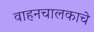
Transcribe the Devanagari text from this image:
वाहनचालकाचे